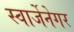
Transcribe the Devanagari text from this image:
स्वार्जेनेगर